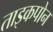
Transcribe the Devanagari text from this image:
ताइकपोन